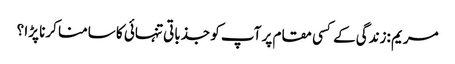
مریم :زندگی کے کسی مقام پر آپ کو جذباتی تنہائی کا سامنا کرنا پڑا ؟